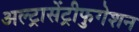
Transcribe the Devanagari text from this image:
अल्ट्रासेंट्रीफुगेशन